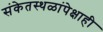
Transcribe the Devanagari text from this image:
संकेतस्थळांपेक्षाही